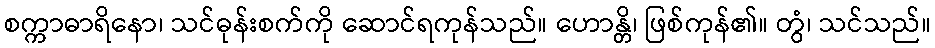
စက္ကာဓာရိနော၊ သင်ဓုန်းစက်ကို ဆောင်ရကုန်သည်။ ဟောန္တိ၊ ဖြစ်ကုန်၏။ တွံ၊ သင်သည်။